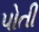
પોતી